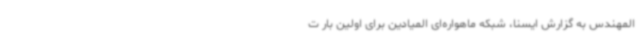
المهندس به گزارش ایسنا، شبکه ماهواره‌ای المیادین برای اولین بار ت